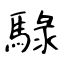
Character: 騄